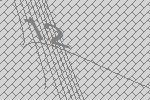
12